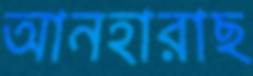
আনহারাছ